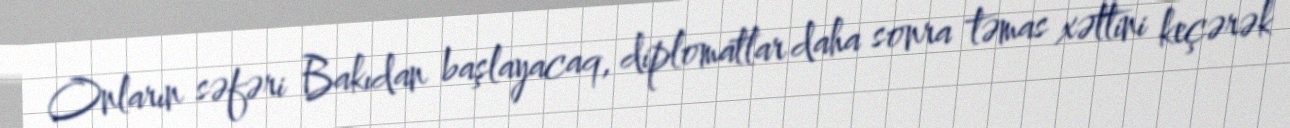
Onların səfəri Bakıdan başlayacaq, diplomatlar daha sonra təmas xəttini keçərək